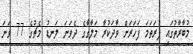
މުބާރާތުގައި ފުރަތަމަ ފަހަރަށް ވާދަކުރާ މަލާގާގެ ދެވަނަ ލަނޑު މެޗުގެ 77 ވަނަ